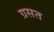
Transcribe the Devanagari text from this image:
ग्रसत